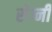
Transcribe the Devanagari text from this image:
सेग्नी